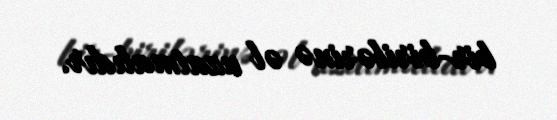
bir-birilərinə əl uzatmalıdır.